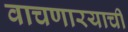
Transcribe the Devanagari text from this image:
वाचणारयाची